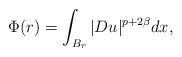
\begin{align*}\Phi (r) = \displaystyle\int_{B_r} |Du|^{p+2\beta} dx , \end{align*}